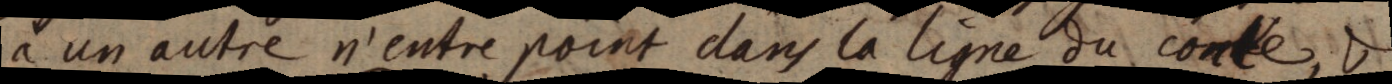
a un autre n’entre point dans la ligne du conte, &